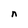
Character: n